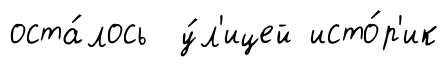
оста́лось у́л'ицей исто́р'ик